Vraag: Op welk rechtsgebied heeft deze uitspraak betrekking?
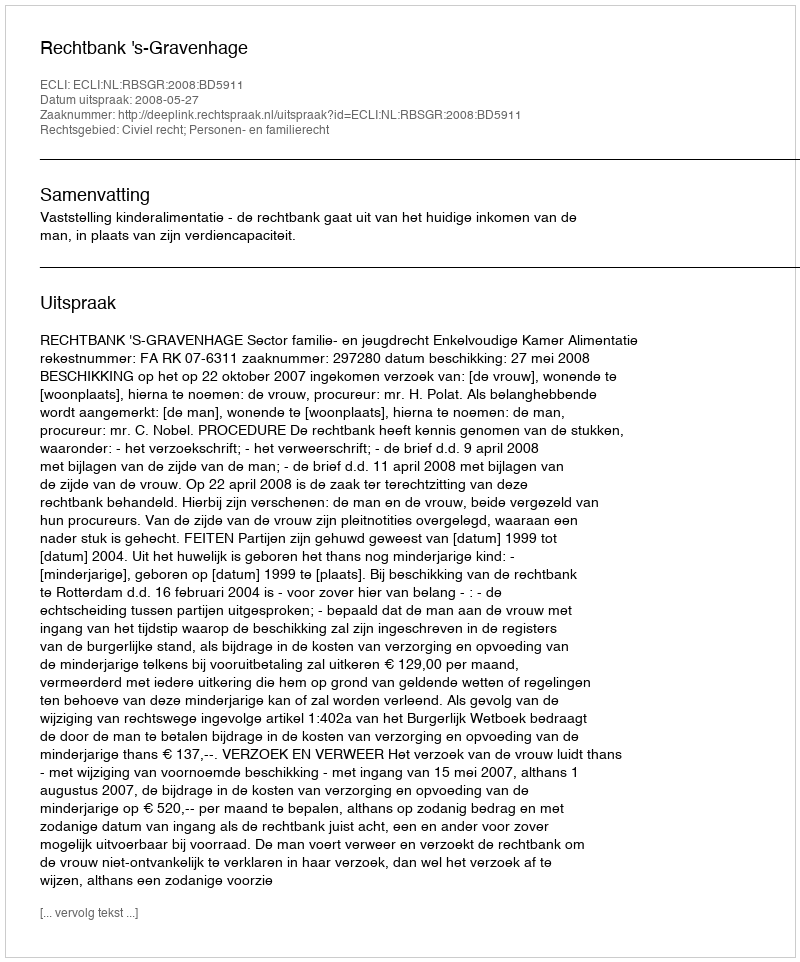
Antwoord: Civiel recht; Personen- en familierecht